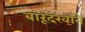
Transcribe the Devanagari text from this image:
बारूदखाने